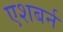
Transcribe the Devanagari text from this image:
एशबर्न